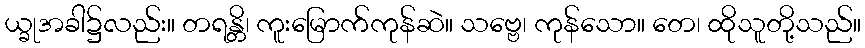
ယ္ခုအခါ၌လည်း။ တရန္တိ၊ ကူးမြောက်ကုန်ဆဲ။ သဗ္ဗေ၊ ကုန်သော။ တေ၊ ထိုသူတို့သည်။